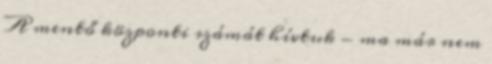
A mentő központi számát hívtuk - ma már nem